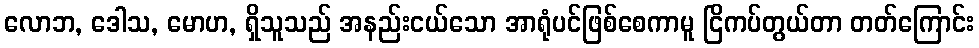
လောဘ, ဒေါသ, မောဟ, ရှိသူသည် အနည်းငယ်သော အာရုံပင်ဖြစ်စေကာမူ ငြိကပ်တွယ်တာ တတ်ကြောင်း